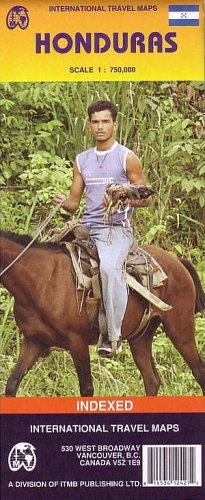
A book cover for Honduras Map by ITMB 2006 (English and Spanish Edition); ITMB Publishing; Travel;